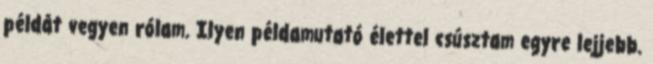
példát vegyen rólam. Ilyen példamutató élettel csúsztam egyre lejjebb.